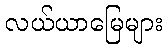
လယ်ယာမြေများ